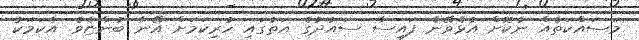
މަސައްކަތެއް ނުކޮށް އުޅެވޭނެ ފައިސާ ސައުދުގެ އަތުގައި ހުރިކަމަށް އޭނާ ބުންޏެވެ. އެކަމަކު